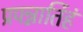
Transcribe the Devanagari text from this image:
प्रपन्नार्तिहं